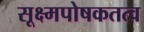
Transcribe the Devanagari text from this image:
सूक्ष्मपोषकतत्व